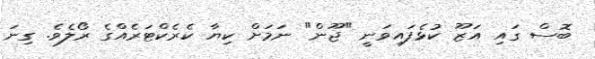
ބޮސް ގައި އަޒޫ ކުޅެފައިވަނީ "ޖޫން" ނަމަށް ކިޔާ ކެރެކްޓަރެއްގެ ރޯލެވެ. ގިނަ